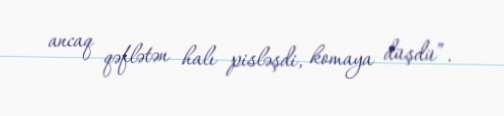
ancaq qəflətən halı pisləşdi, komaya düşdü”.